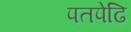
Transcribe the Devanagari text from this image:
पतपेढि